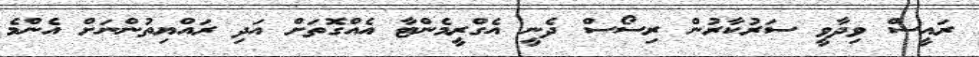
ރައީސް ވިދާވީ ސަރުކާރުން ރިސޯސް ދެނީ އެގްރީމެންޓާ އެއްގޮތަށް އަދި ރައްޔިތުންނަށް އެންމެ